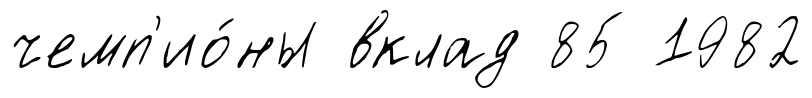
чемп'ио́ны вклад 85 1982